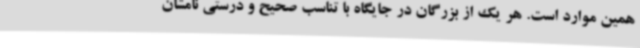
همین موارد است. هر یک از بزرگان در جایگاه با تناسب صحیح و درستی نامشان